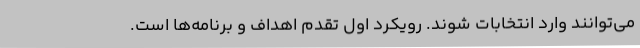
می‌توانند وارد انتخابات شوند. رویکرد اول تقدم اهداف و برنامه‌ها است.